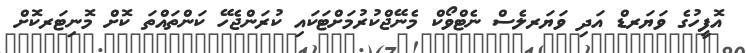
އޮފީހުގެ ވަޔަރޑް އަދި ވަޔަރލެސް ނެޓްވޯކް މެނޭޖްކުރުމަށްޓަކައި ކުރަންޖެހޭ ކަންތައްތަ ކޮށް މޮނިޓަރކޮށް